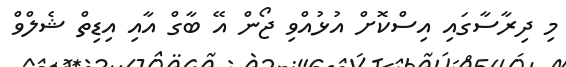
މި ދިރާސާގައި އިސްކޮށް އުޅުއްވި ޖޯން އޭ ބާގް އާއި އިޑިތް ޝެލްވް